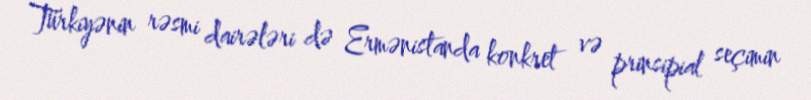
Türkiyənin rəsmi dairələri də Ermənistanda konkret və prinsipial seçimin